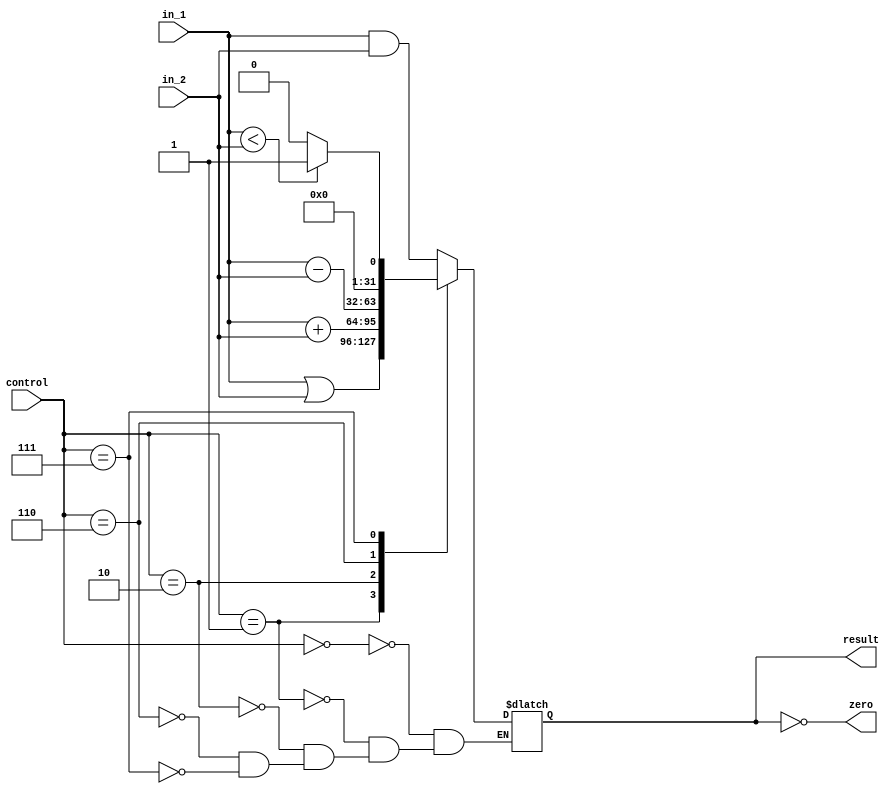
`timescale 1ns / 1ps


module ALU(control, in_1, in_2, zero, result);

    input  [3:0]  control;
    input  [31:0] in_1, in_2;
    output        zero;
    output [31:0] result;

    reg    [31:0] result;

    assign zero = (result == 0);

    // initialize ALU
    initial begin
        result = 32'b0;
    end

    // ALU operation
    always @(control, in_1, in_2) begin
        case (control)
            4'b0000: result = in_1 & in_2;
            4'b0001: result = in_1 | in_2;
            4'b0010: result = in_1 + in_2;
            4'b0110: result = in_1 - in_2;
            4'b0111: result = (in_1 < in_2) ? 1 : 0;
        endcase
    end

endmodule